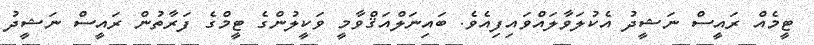
ޓީމެއް ރައީސް ނަޝީދު އެކުލަވާލައްވައިފިއެވެ. ބައިނަލްއަޤްވާމީ ވަކީލުންގެ ޓީމްގެ ފަރާތުން ރައީސް ނަޝީދު